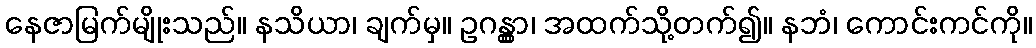
နေဇာမြက်မျိုးသည်။ နသိယာ၊ ချက်မှ။ ဥဂန္တွာ၊ အထက်သို့တက်၍။ နဘံ၊ ကောင်းကင်ကို။